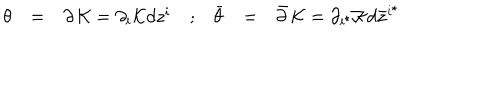
LaTeX: \begin{array} { c c c c c c c } { { { \theta } } } & { { = } } & { { \partial \, { \cal K } = \partial _ { i } { \cal K } d z ^ { i } } } & { { ; } } & { { { \bar { \theta } } } } & { { = } } & { { { \bar { \partial } } \, { \cal K } = \partial _ { i ^ { \star } } { \cal K } d { \bar { z } } ^ { i ^ { \star } } } } \\ \end{array}